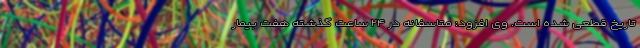
تاریخ قطعی شده است. وی افزود: متاسفانه در ۲۴ ساعت گذشته هفت بیمار